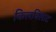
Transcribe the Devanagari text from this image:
किलबिलाट